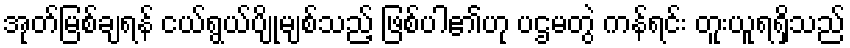
အုတ်မြစ်ချရန် ငယ်ရွယ်ပျိုမျစ်သည့် ဖြစ်ပါ၏ဟု ပဌမတွဲ ကန်ရင်း တူးယူရရှိသည်